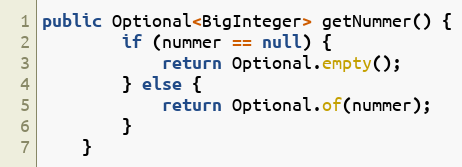
Language: Java
public Optional<BigInteger> getNummer() {
        if (nummer == null) {
            return Optional.empty();
        } else {
            return Optional.of(nummer);
        }
    }